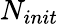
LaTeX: N_{init}